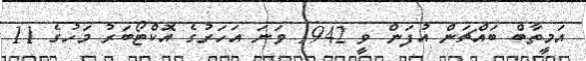
އަމީތާބް ބައްޗަން އުފަން ވީ 1942 ވަނަ އަހަރުގެ އޮކްޓޯބަރު މަހުގެ 11